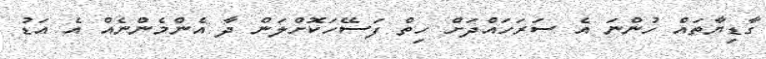
ގާޑިޔާތައް ހުންނަ އެ ސަރަހައްދަށް ހިތް ފަސޭހަކޮށްލަން ދާ އެންމެންނެއް އެ އަޑު